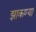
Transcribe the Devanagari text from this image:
झाकण्या